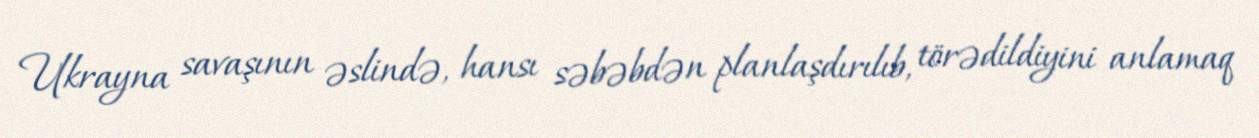
Ukrayna savaşının əslində, hansı səbəbdən planlaşdırılıb, törədildiyini anlamaq